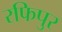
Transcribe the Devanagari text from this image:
रफिपुर